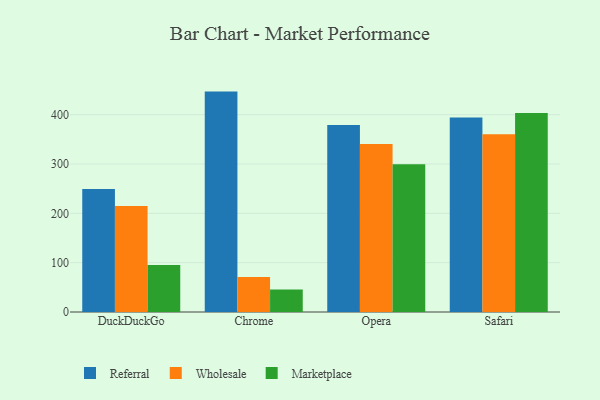
{"axis": {"x": "Browser", "y": "Website Visitors"}, "legend": ["Marketplace", "Referral", "Wholesale"], "data": [{"x": "DuckDuckGo", "y": 249.4, "type": "Referral"}, {"x": "DuckDuckGo", "y": 214.8, "type": "Wholesale"}, {"x": "DuckDuckGo", "y": 95.3, "type": "Marketplace"}, {"x": "Chrome", "y": 446.8, "type": "Referral"}, {"x": "Chrome", "y": 71.2, "type": "Wholesale"}, {"x": "Chrome", "y": 45.5, "type": "Marketplace"}, {"x": "Opera", "y": 379.0, "type": "Referral"}, {"x": "Opera", "y": 340.8, "type": "Wholesale"}, {"x": "Opera", "y": 299.6, "type": "Marketplace"}, {"x": "Safari", "y": 394.5, "type": "Referral"}, {"x": "Safari", "y": 360.4, "type": "Wholesale"}, {"x": "Safari", "y": 403.3, "type": "Marketplace"}]}